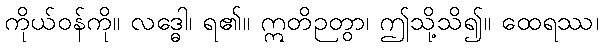
ကိုယ်ဝန်ကို။ လဒ္ဓေါ၊ ရ၏။ ဣတိဉတွာ၊ ဤသို့သိ၍။ ထေရဿ၊